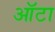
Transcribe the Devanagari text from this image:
ऑटा